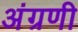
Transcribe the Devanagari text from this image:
अंग्रणी